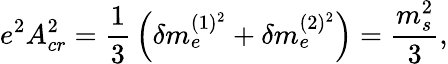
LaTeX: e^{2}A_{cr}^{2}={\frac{1}{3}}\left(\delta m_{e}^{(1)^{2}}+\delta m_{e}^{(2)^{2}}\right)={\frac{m_{s}^{2}}{3}},